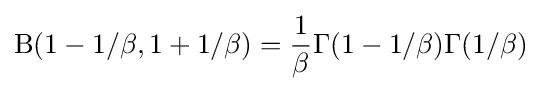
{\text{B}}(1-1/\beta ,1+1/\beta )={1 \over {\beta }}\Gamma (1-1/\beta )\Gamma (1/\beta )